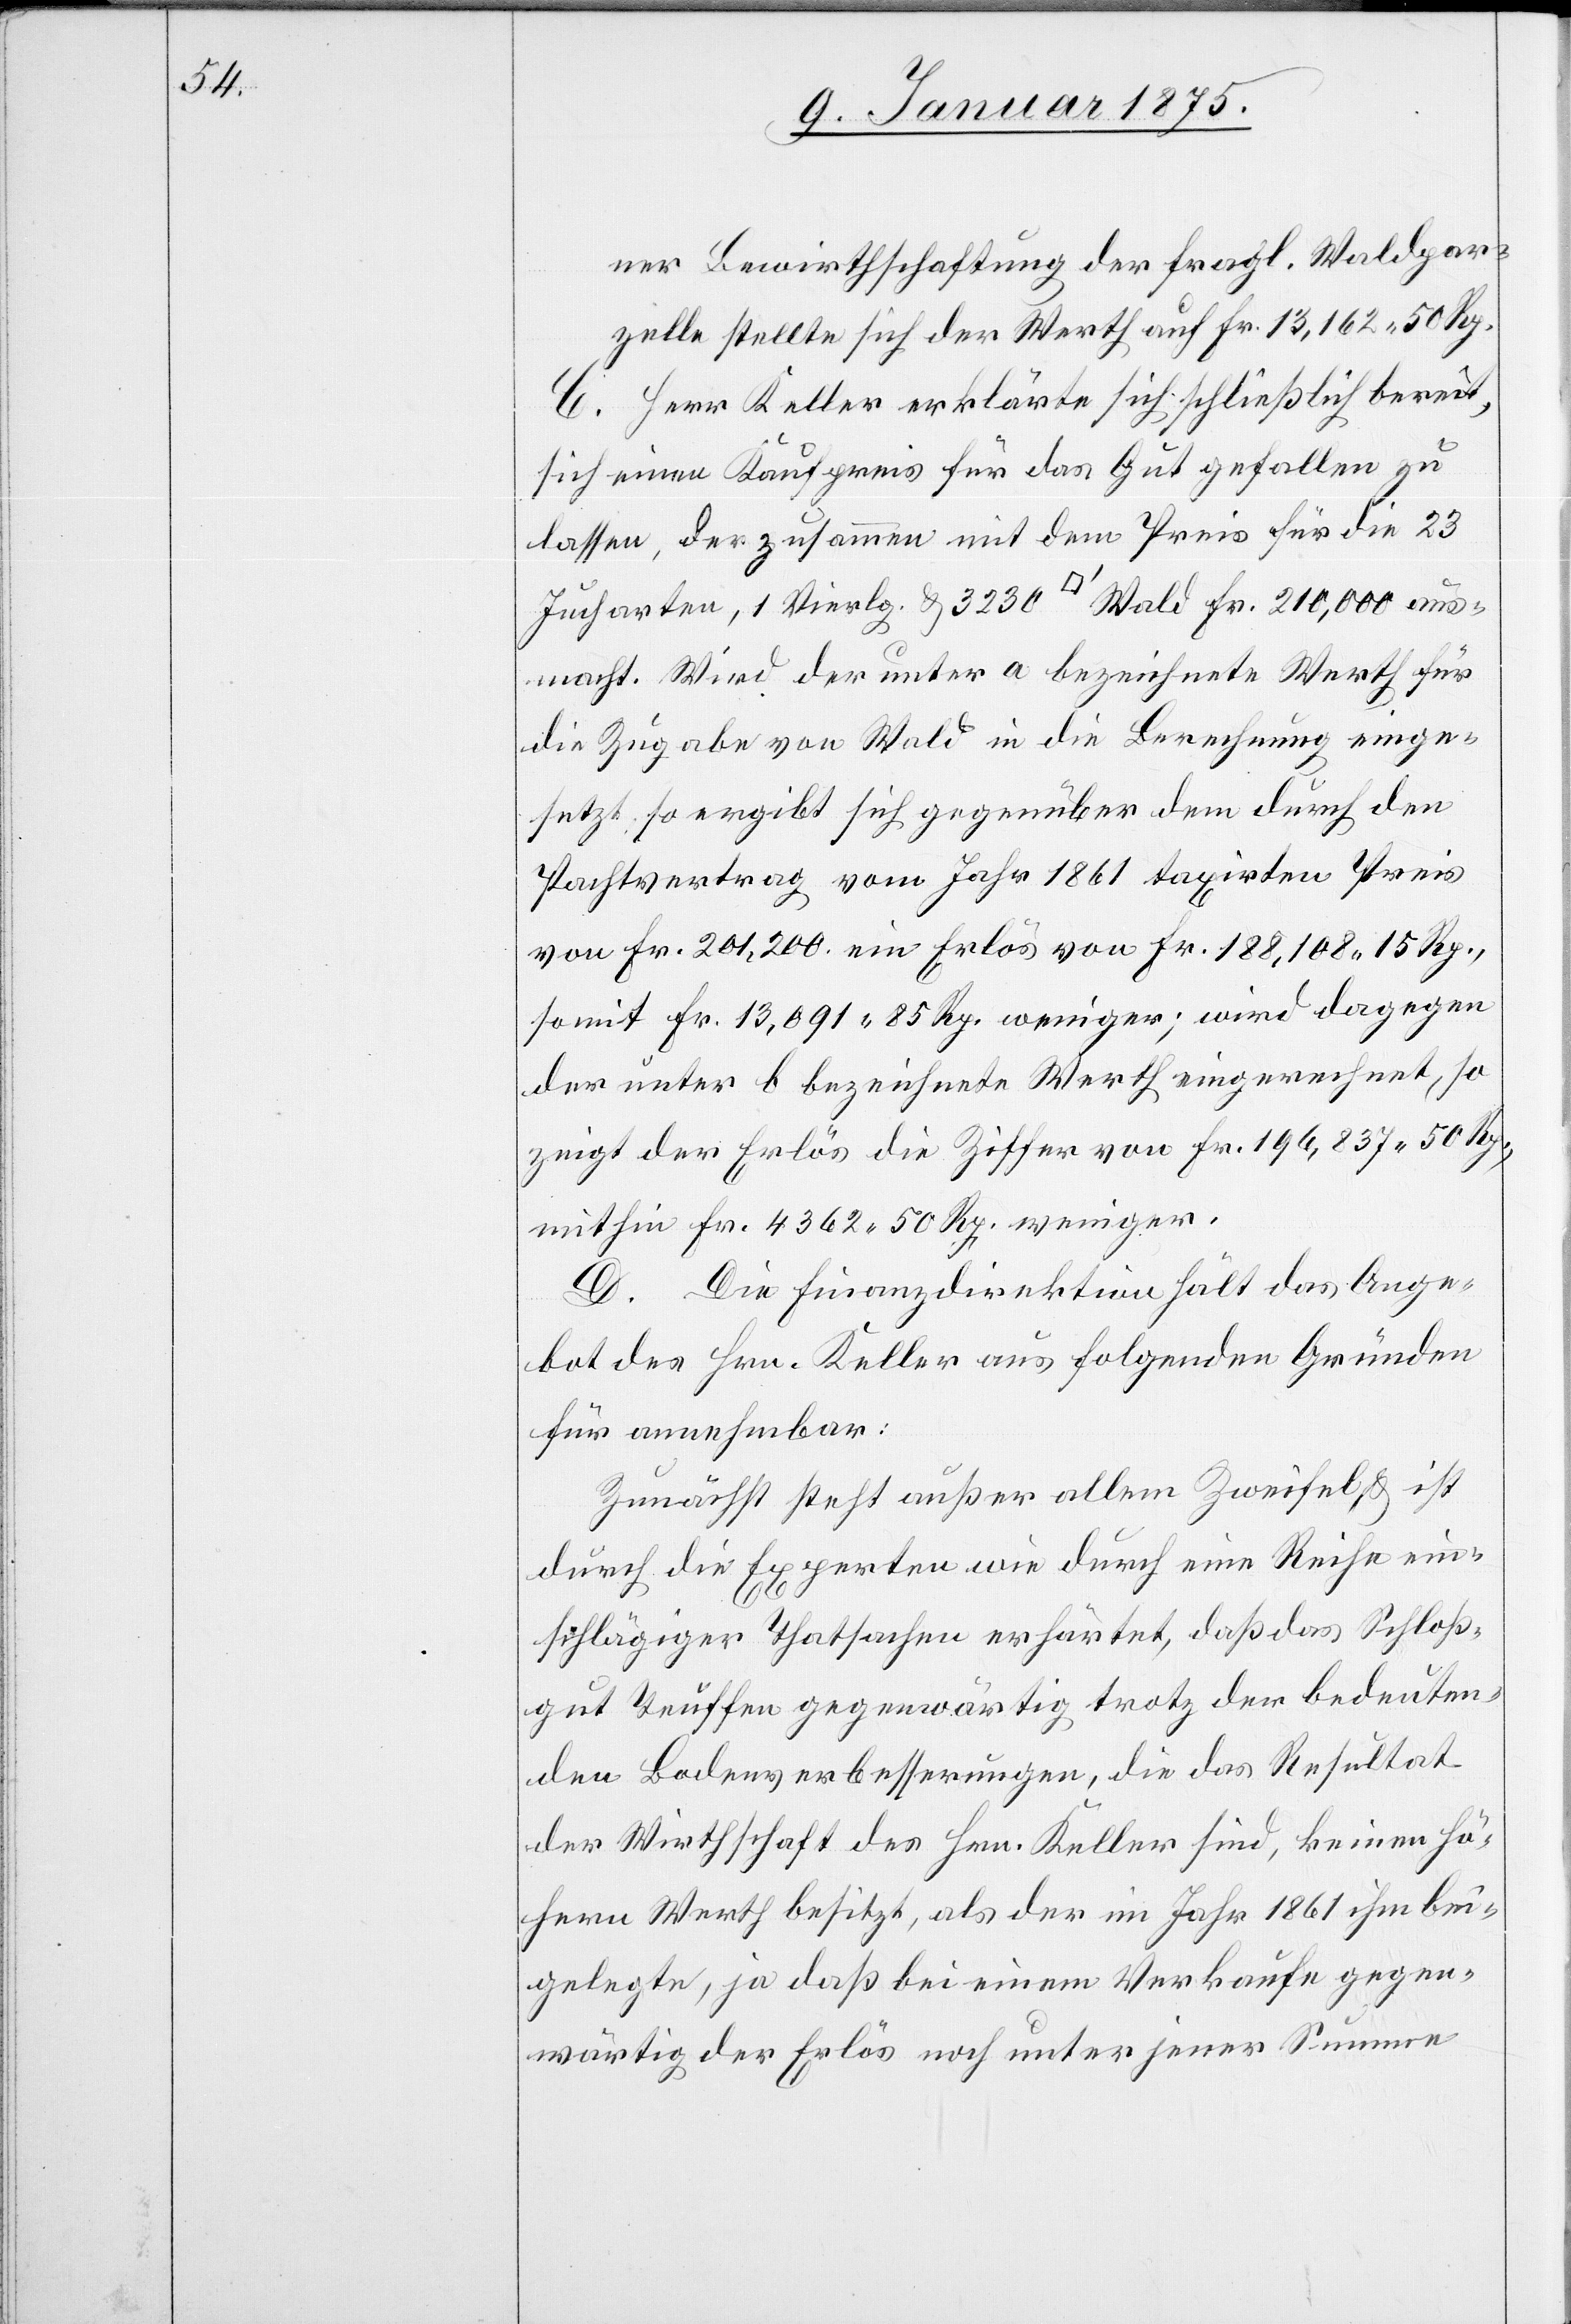
ner Bewirthschaftung der fragl. Waldpar¬
zelle stellt sich der Werth auf Fr. 13,162. 50 Rp.
C. Herr Keller erklärte sich schließlich bereit,
sich einen Kaufpreis für das Gut gefallen zu
lassen, der zusammen mit dem Preis für die 23
Jucharten, 1 Vierlg. & 3230 [Quadratfuss] Wald Fr. 210,000 aus¬
macht. Wird der unter a bezeichnete Werth für
die Zugabe von Wald in die Berechnung einge¬
setzt, so ergibt sich gegenüber dem durch den
Pachtvertrag vom Jahr 1861 taxirten Preis
von Fr. 201,200. ein Erlös von Fr. 188,108. 15 Rp.,
somit Fr. 13,091. 85 Rp. weniger; wird dagegen
der unter b bezeichnete Werth eingerechnet, so
zeigt der Erlös die Ziffer von Fr. 196,837. 50 Rp.,
mithin Fr. 4362. 50 Rp. weniger.
D. Die Finanzdirektion hält da Ange¬
bot des Hrn. Keller aus folgenden Gründen
für annehmbar:
Zunächst steht außer allem Zweifel & ist
durch die Experten wie durch eine Reihe ein¬
schlägiger Thatsachen erhärtet, daß das Schloß¬
gut Teuffen gegenwärtig trotz der bedeuten¬
den Bodenverbesserungen, die das Resultat
der Wirthschaft des Hrn. Keller sind, keinen hö¬
hern Werth besitzt, als der im Jahr 1861 ihm bei¬
gelegte, ja daß bei einem Verkaufe gegen¬
wärtig der Erlös noch unter jener Summe